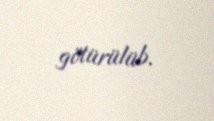
götürülüb.